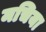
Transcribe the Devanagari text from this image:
मचिया